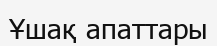
Ұшақ апаттары